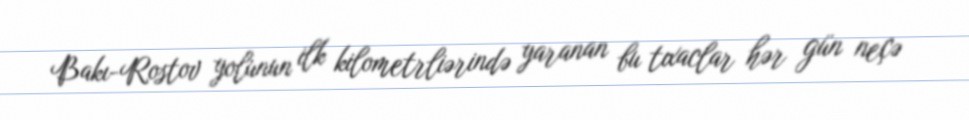
Bakı-Rostov yolunun ilk kilometrliərində yaranan bu tıxaclar hər gün neçə